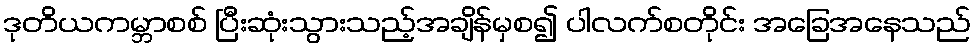
ဒုတိယကမ္ဘာစစ် ပြီးဆုံးသွားသည့်အချိန်မှစ၍ ပါလက်စတိုင်း အခြေအနေသည်